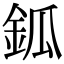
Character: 鈲